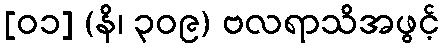
[၀၁] (နိ၊ ၃၀၉) ဗလရာသိအဖွင့်